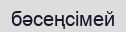
бәсеңсімей